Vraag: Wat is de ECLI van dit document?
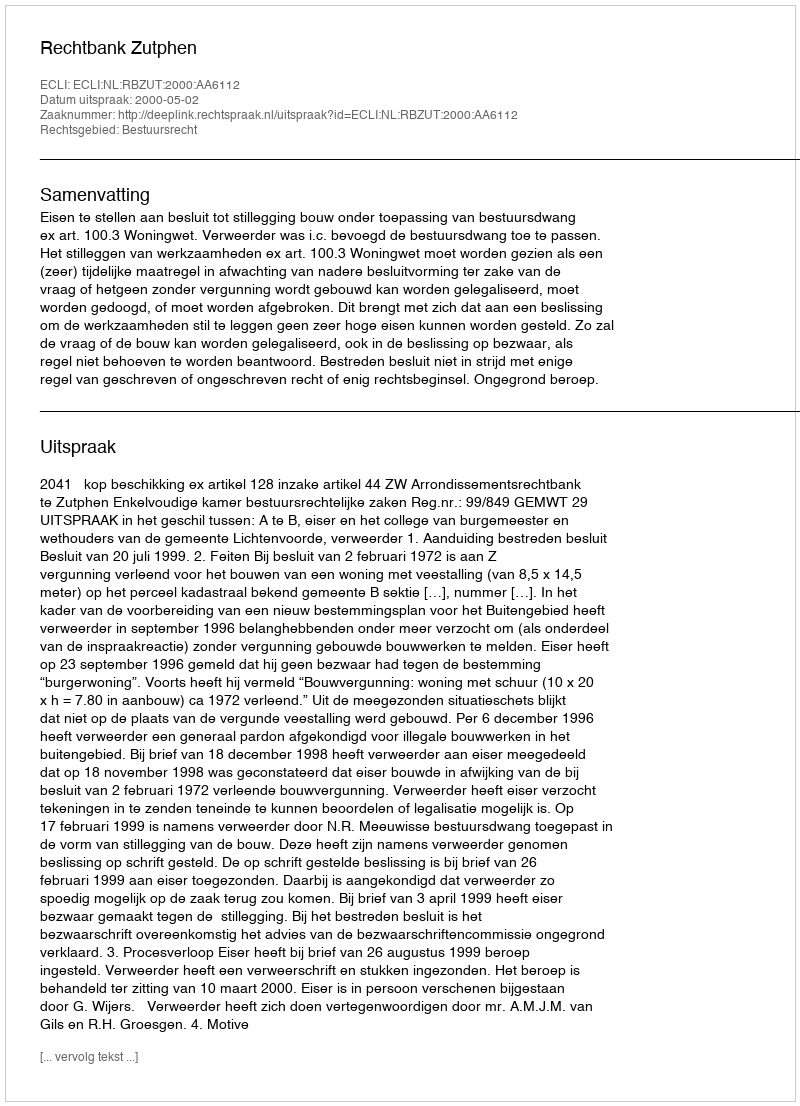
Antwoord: ECLI:NL:RBZUT:2000:AA6112